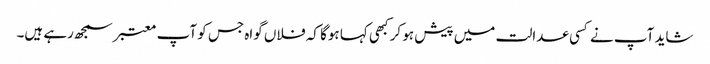
شاید آپ نے کسی عدالت میں پیش ہو کر کبھی کہا ہوگا کہ فلاں گواہ جس کو آپ معتبر سمجھ رہے ہیں۔